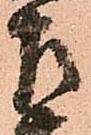
左